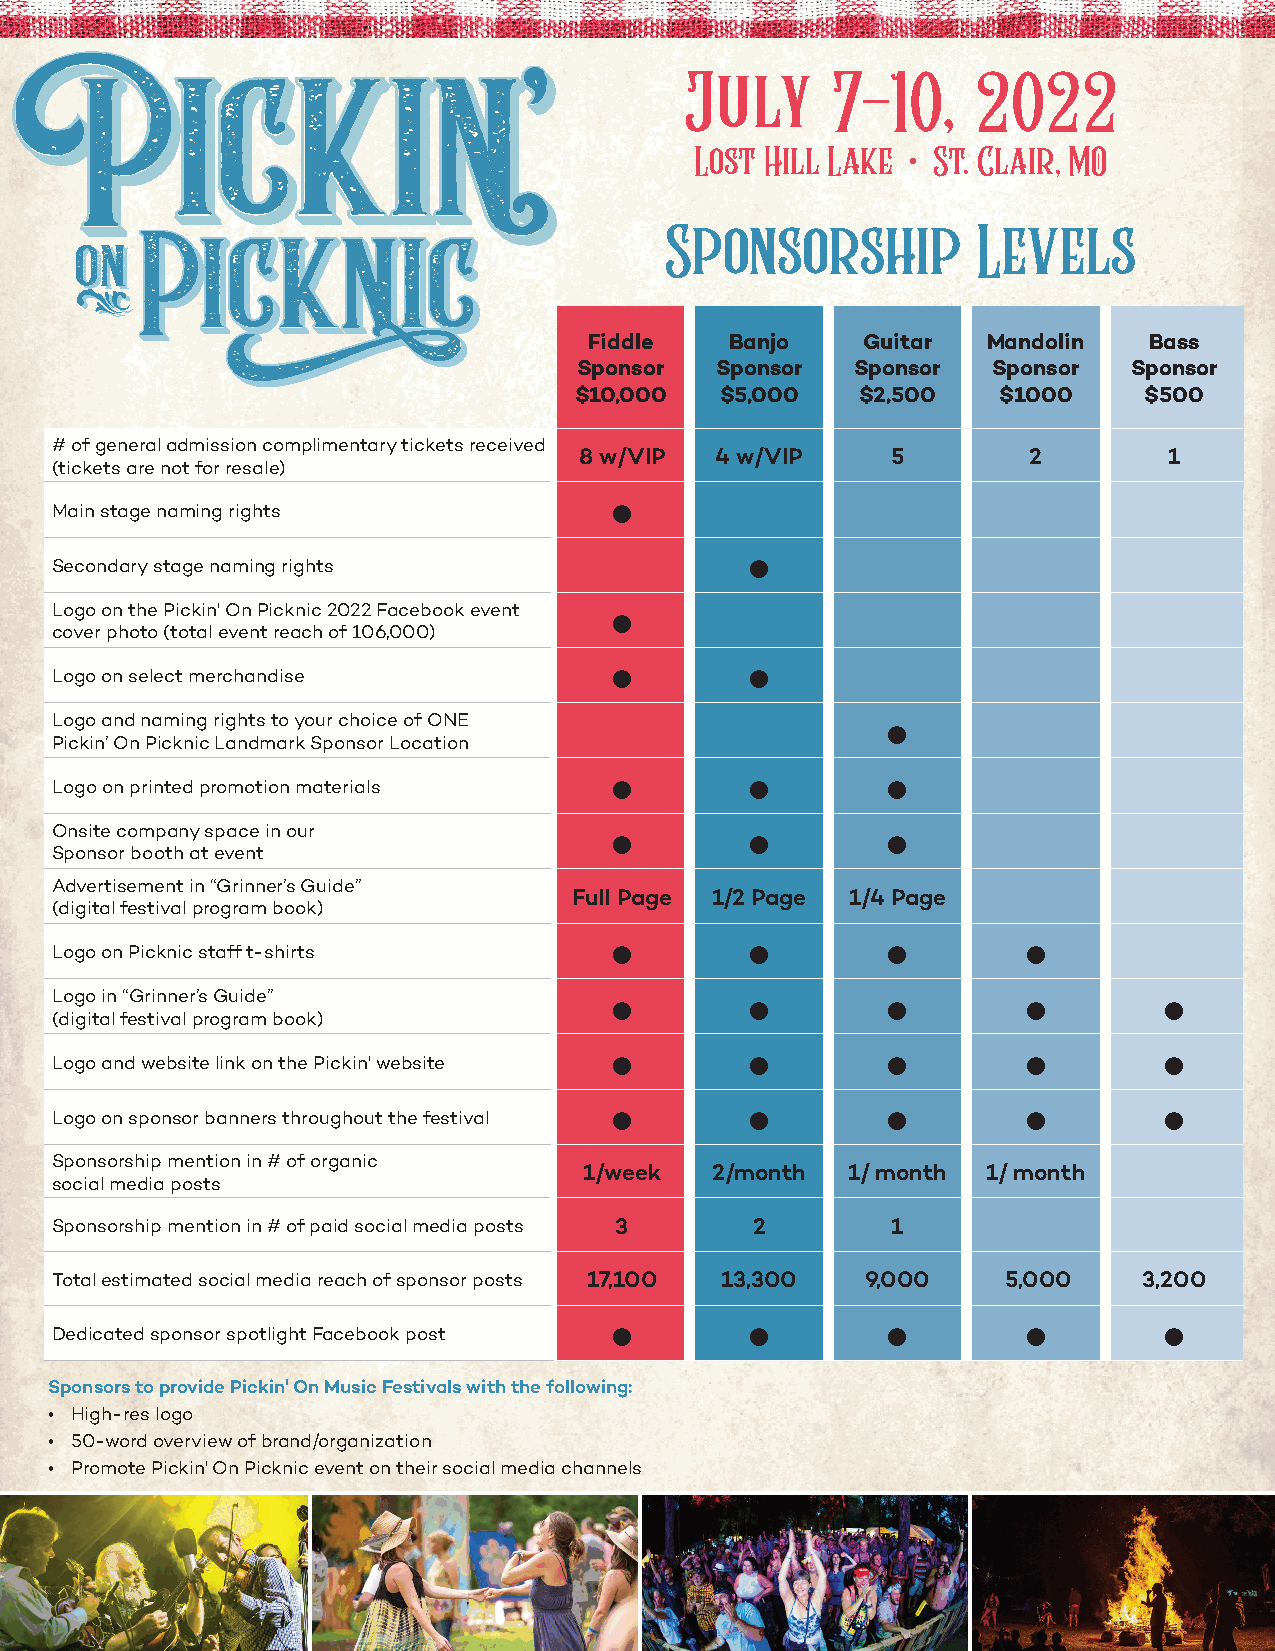
July      7-10,     2022
 Lost Hill Lake • St. Clair, MO
 Sponsorship          Levels
 Fiddle   Banjo    Guitar  Mandolin   Bass
 Sponsor  Sponsor   Sponsor  Sponsor  Sponsor
 $10,000   $5,000   $2,500   $1000     $500
 # of general admission complimentary tickets received
 8 w/VIP  4 w/VIP     5        2        1
 (tickets are not for resale)
 •
 Main stage naming rights
 •
 Secondary stage naming rights
 Logo on the Pickin' On Picknic 2022 Facebook event •
 cover photo (total event reach of 106,000)
 •        •
 Logo on select merchandise
 Logo and naming rights to your choice of ONE            •
 Pickin’ On Picknic Landmark Sponsor Location
 •        •        •
 Logo on printed promotion materials
 Onsite company space in our           •        •        •
 Sponsor booth at event
 Advertisement in “Grinner’s Guide”
 Full Page 1/2 Page 1/4 Page
 (digital festival program book)
 •        •        •        •
 Logo on Picknic staff t-shirts
 Logo in “Grinner’s Guide”             •        •        •        •        •
 (digital festival program book)
 •        •        •        •        •
 Logo and website link on the Pickin' website
 •        •        •        •        •
 Logo on sponsor banners throughout the festival
 Sponsorship mention in # of organic
 1/week  2/month  1/ month 1/ month
 social media posts
 Sponsorship mention in # of paid social media posts 3 2 1
 Total estimated social media reach of sponsor posts 17,100 13,300 9,000 5,000 3,200
 •        •        •        •        •
 Dedicated sponsor spotlight Facebook post
 Sponsors to provide Pickin' On Music Festivals with the following:
 • High-res logo
 • 50-word overview of brand/organization
 • Promote Pickin' On Picknic event on their social media channels